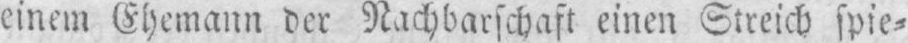
einem Ehemann der Nachbarschaft einen Streich spie⸗